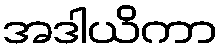
အဒါယိကာ